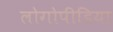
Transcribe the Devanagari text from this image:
लोगोपीडिया